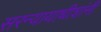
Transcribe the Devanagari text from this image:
सरन्यायाधीशांनी